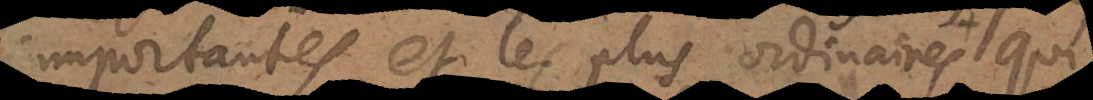
importantes et les plus ordinaires qu’il